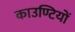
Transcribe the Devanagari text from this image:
काउण्टियों